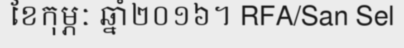
ខែកុម្ភៈ ឆ្នាំ២០១៦។ RFA/San Sel